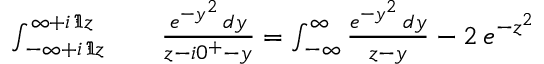
\begin{array} { r l r } { \int _ { - \infty + i \, \Im z } ^ { \infty + i \, \Im z } } & { { } } & { \frac { e ^ { - y ^ { 2 } } \, d y } { z - i 0 ^ { + } - y } = \int _ { - \infty } ^ { \infty } \frac { e ^ { - y ^ { 2 } } \, d y } { z - y } - 2 \, e ^ { - z ^ { 2 } } } \end{array}